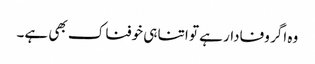
وہ اگر وفادار ہے تو اتنا ہی خوفناک بھی ہے۔